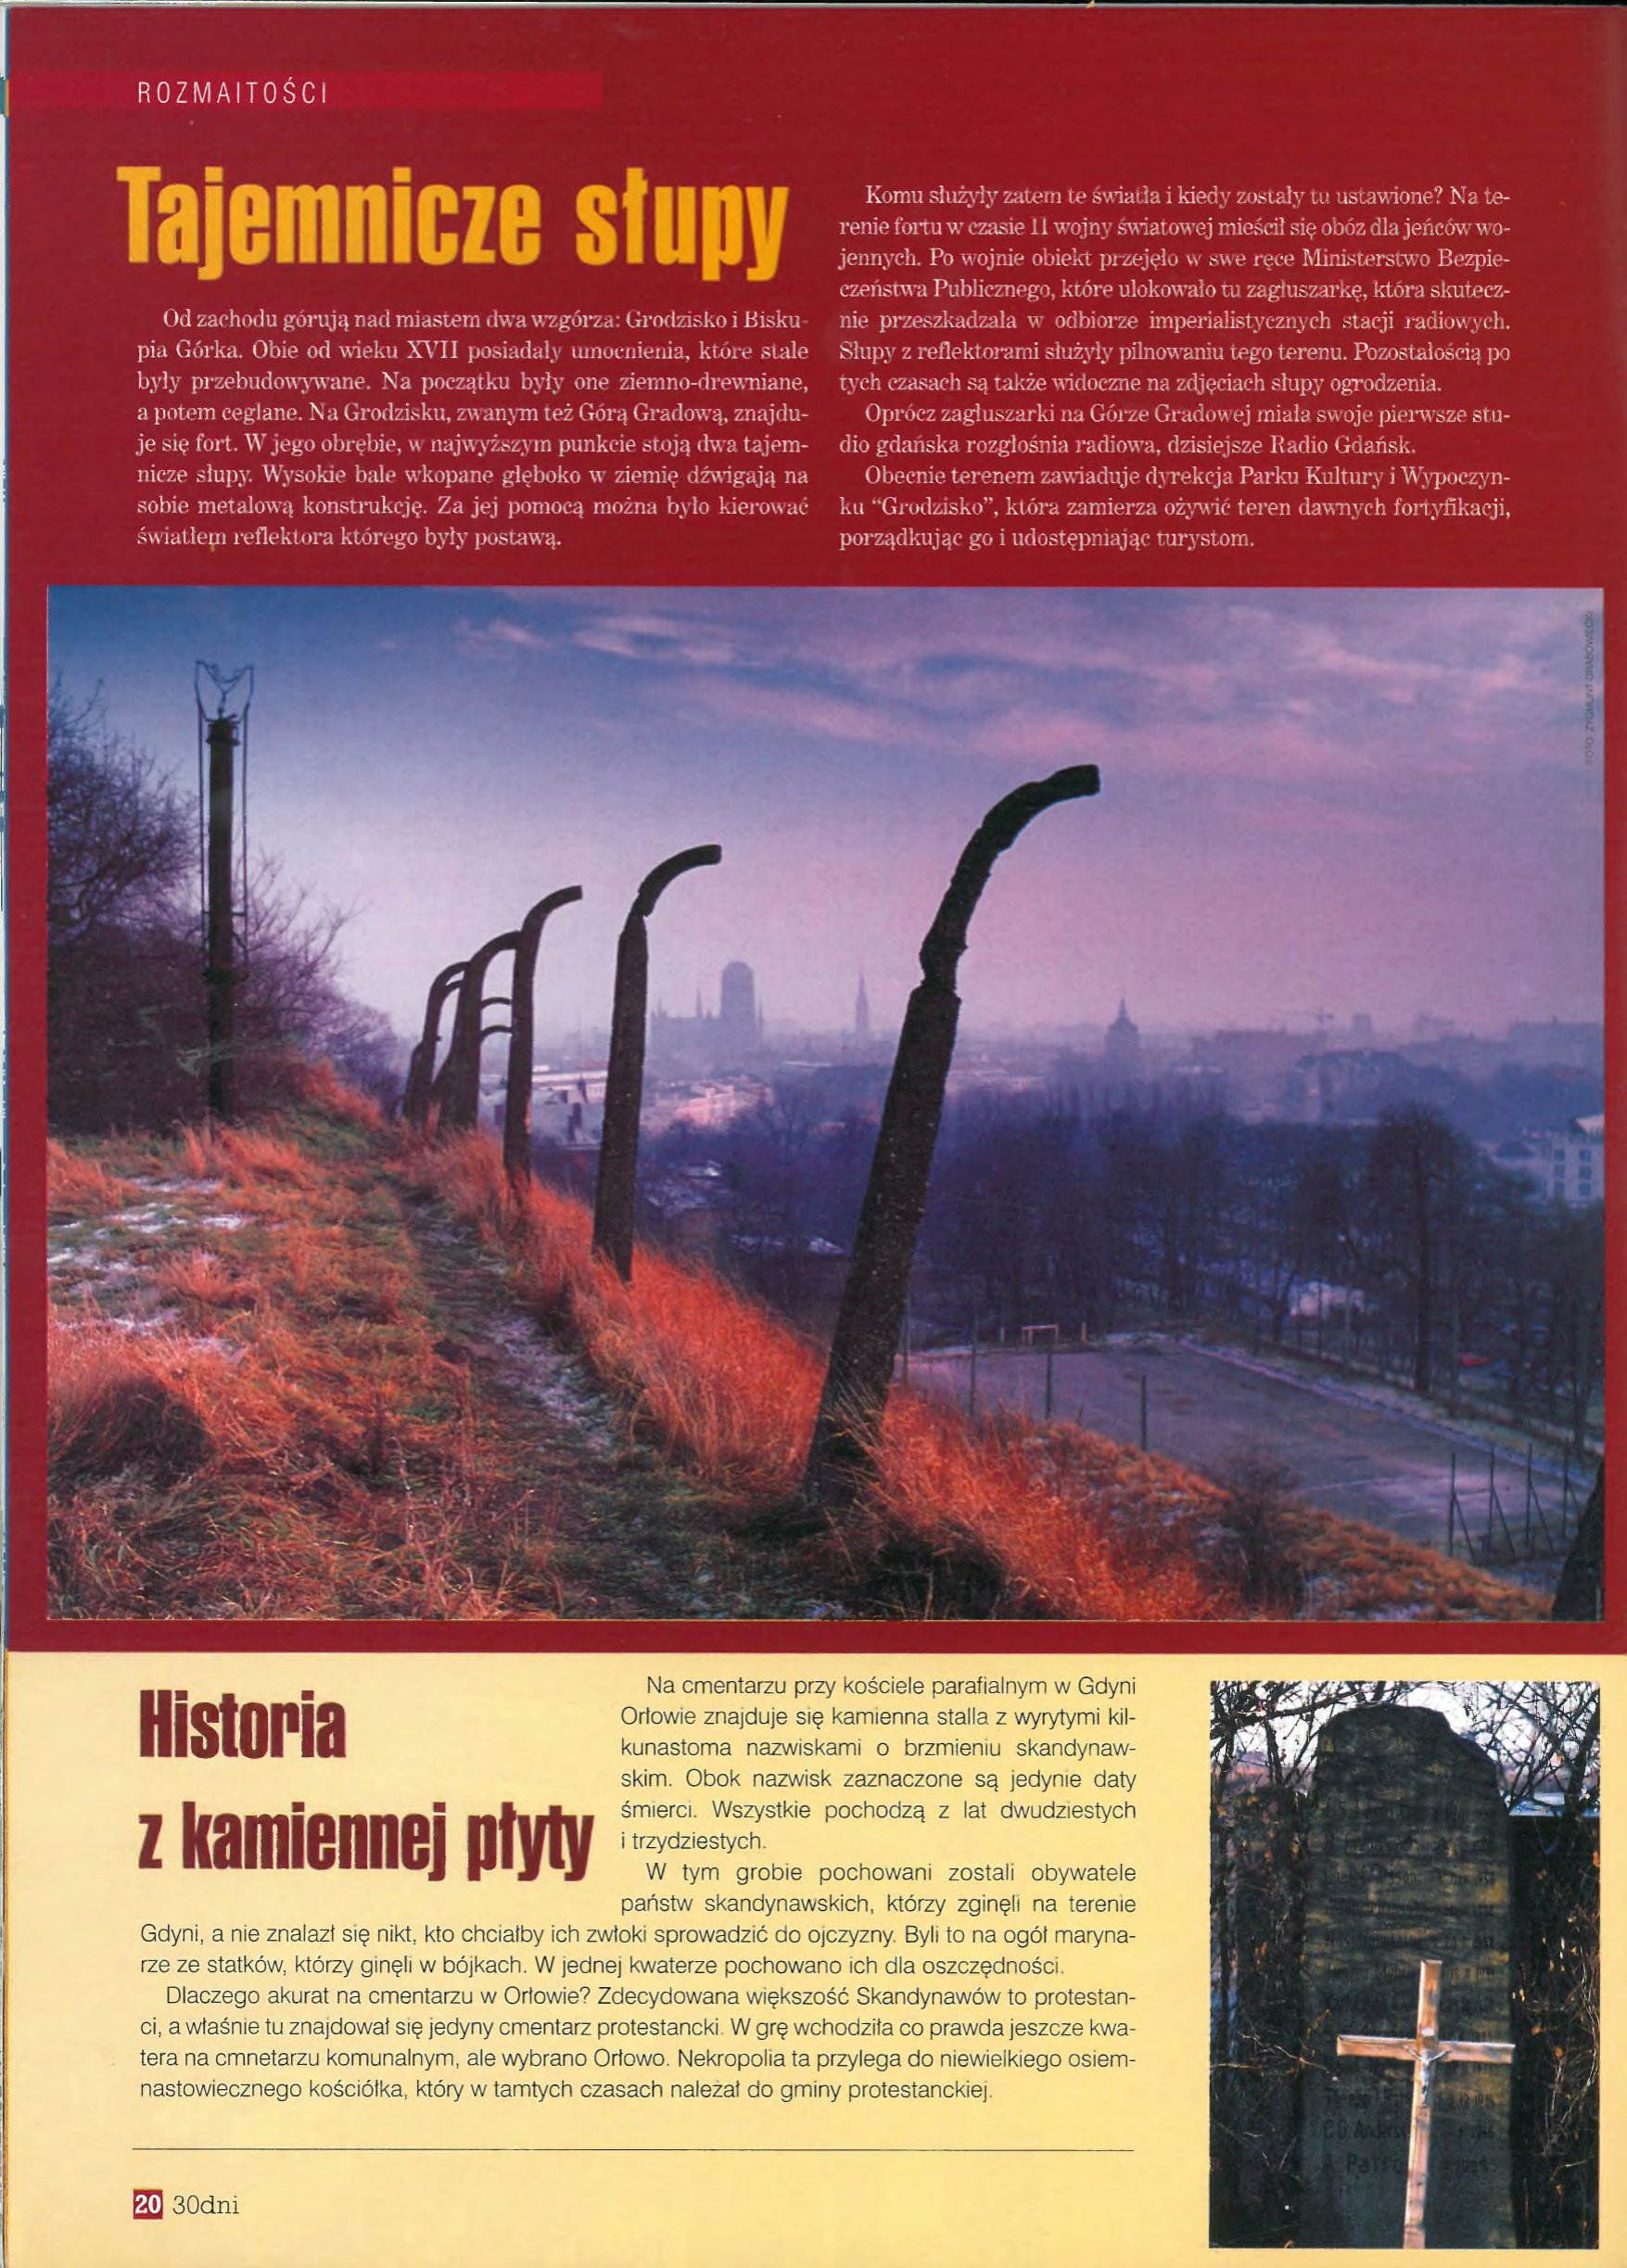
Language: pl